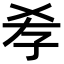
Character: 𡥉